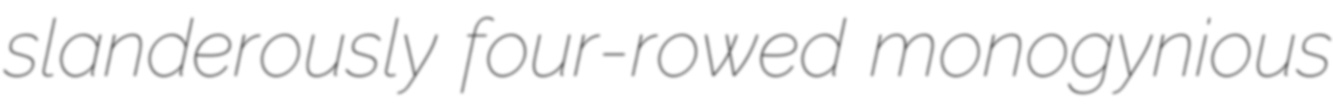
slanderously four-rowed monogynious